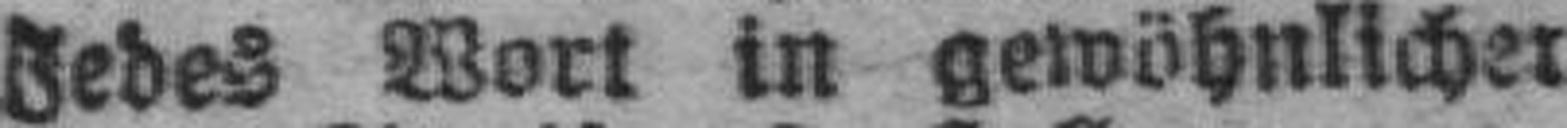
Jedes Wort in gewöhnlicher